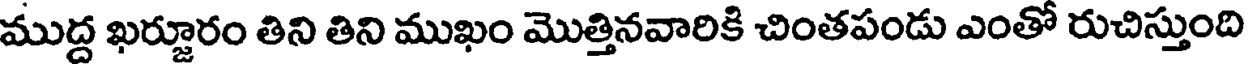
ముద్ద ఖర్జూరం తిని తిని ముఖం మొత్తినవారికి చింతపండు ఎంతో రుచిస్తుంది